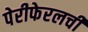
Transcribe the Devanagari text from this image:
पेरीफेरलची